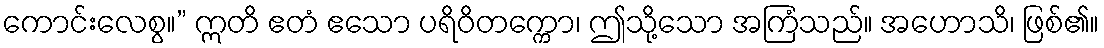
ကောင်းလေစွ။” ဣတိ ဧတံ ဧသော ပရိဝိတက္ကော၊ ဤသို့သော အကြံသည်။ အဟောသိ၊ ဖြစ်၏။